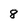
Character: 8